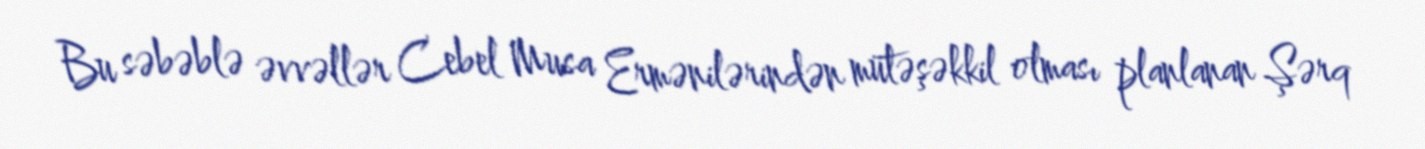
Bu səbəblə əvvəllər Cebel Musa Ermənilərindən mütəşəkkil olması planlanan Şərq